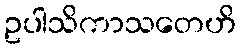
ဥပါသိကာသတေဟိ